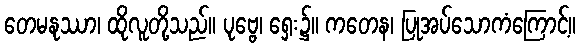
တေမနုဿာ၊ ထိုလူတို့သည်။ ပုဗ္ဗေ၊ ရှေး၌။ ကတေန၊ ပြုအပ်သောကံကြောင့်။